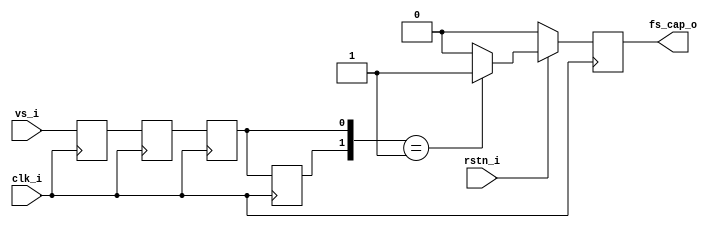
`timescale 1ns / 1ps
//****************************************Copyright (c)***********************************//
//
// Last modified Date   : 2023/05/19
// Created date         : 2023/05/19  
// Descriptions         :       
//
//****************************************************************************************//

module fs_cap#(
    parameter                           integer  VIDEO_ENABLE   = 1 
)
(
    input                               clk_i                      ,
    input                               rstn_i                     ,
    input                               vs_i                       ,
    output reg                          fs_cap_o                    
);
    

reg                    [   4:0]         CNT_FS   = 6'b0            ;
reg                    [   4:0]         CNT_FS_n = 6'b0            ;
reg                                     FS       = 1'b0            ;
reg                                     vs_i_r1                    ;
reg                                     vs_i_r2                    ;
reg                                     vs_i_r3                    ;
reg                                     vs_i_r4                    ;

always@(posedge clk_i) begin
      vs_i_r1 <= vs_i;
      vs_i_r2 <= vs_i_r1;
      vs_i_r3 <= vs_i_r2;
      vs_i_r4 <= vs_i_r3;
end

//
always@(posedge clk_i) begin
   if(!rstn_i)begin
      fs_cap_o <= 1'd0;
   end
   else if(VIDEO_ENABLE == 1)begin
      if({vs_i_r4,vs_i_r3} == 2'b01)begin
         fs_cap_o <= 1'b1;
      end
      else begin
         fs_cap_o <= 1'b0;
      end
   end
   else begin
         fs_cap_o <= vs_i_r4;
   end
end
        
endmodule